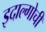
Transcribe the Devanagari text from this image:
इदाल्गोची